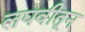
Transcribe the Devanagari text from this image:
लघवीतून